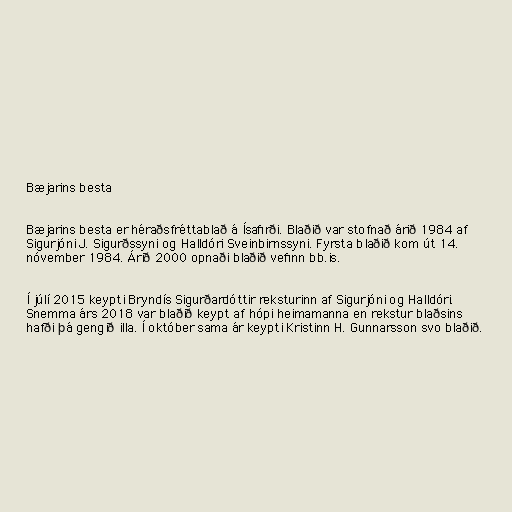
Bæjarins besta

Bæjarins besta er héraðsfréttablað á Ísafirði. Blaðið var stofnað árið 1984 af
Sigurjóni J. Sigurðssyni og Halldóri Sveinbirnssyni. Fyrsta blaðið kom út 14.
nóvember 1984. Árið 2000 opnaði blaðið vefinn bb.is.

Í júlí 2015 keypti Bryndís Sigurðardóttir reksturinn af Sigurjóni og Halldóri.
Snemma árs 2018 var blaðið keypt af hópi heimamanna en rekstur blaðsins
hafði þá gengið illa. Í október sama ár keypti Kristinn H. Gunnarsson svo blaðið.